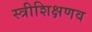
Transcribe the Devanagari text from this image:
स्त्रीशिक्षणव